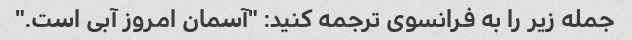
جمله زیر را به فرانسوی ترجمه کنید: "آسمان امروز آبی است."